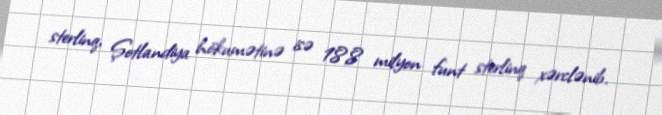
sterlinq, Şotlandiya hökumətinə isə 18,8 milyon funt sterlinq xərclənib.